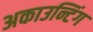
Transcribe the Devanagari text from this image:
अकाउन्टिंग